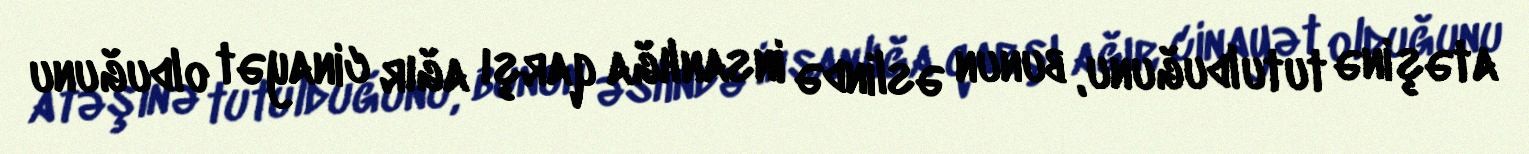
atəşinə tutulduğunu, bunun əslində insanlığa qarşı ağır cinayət olduğunu